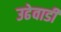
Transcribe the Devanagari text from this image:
उढेवाडी